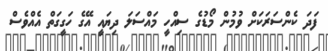
ފަދަ ކެންސަރަކަށް ވުމުން މޯޑުގެ ސިއްހީ މައްސަލަ ދިޔައީ އޭގެ ހަގީގަތް އެއްވެސް